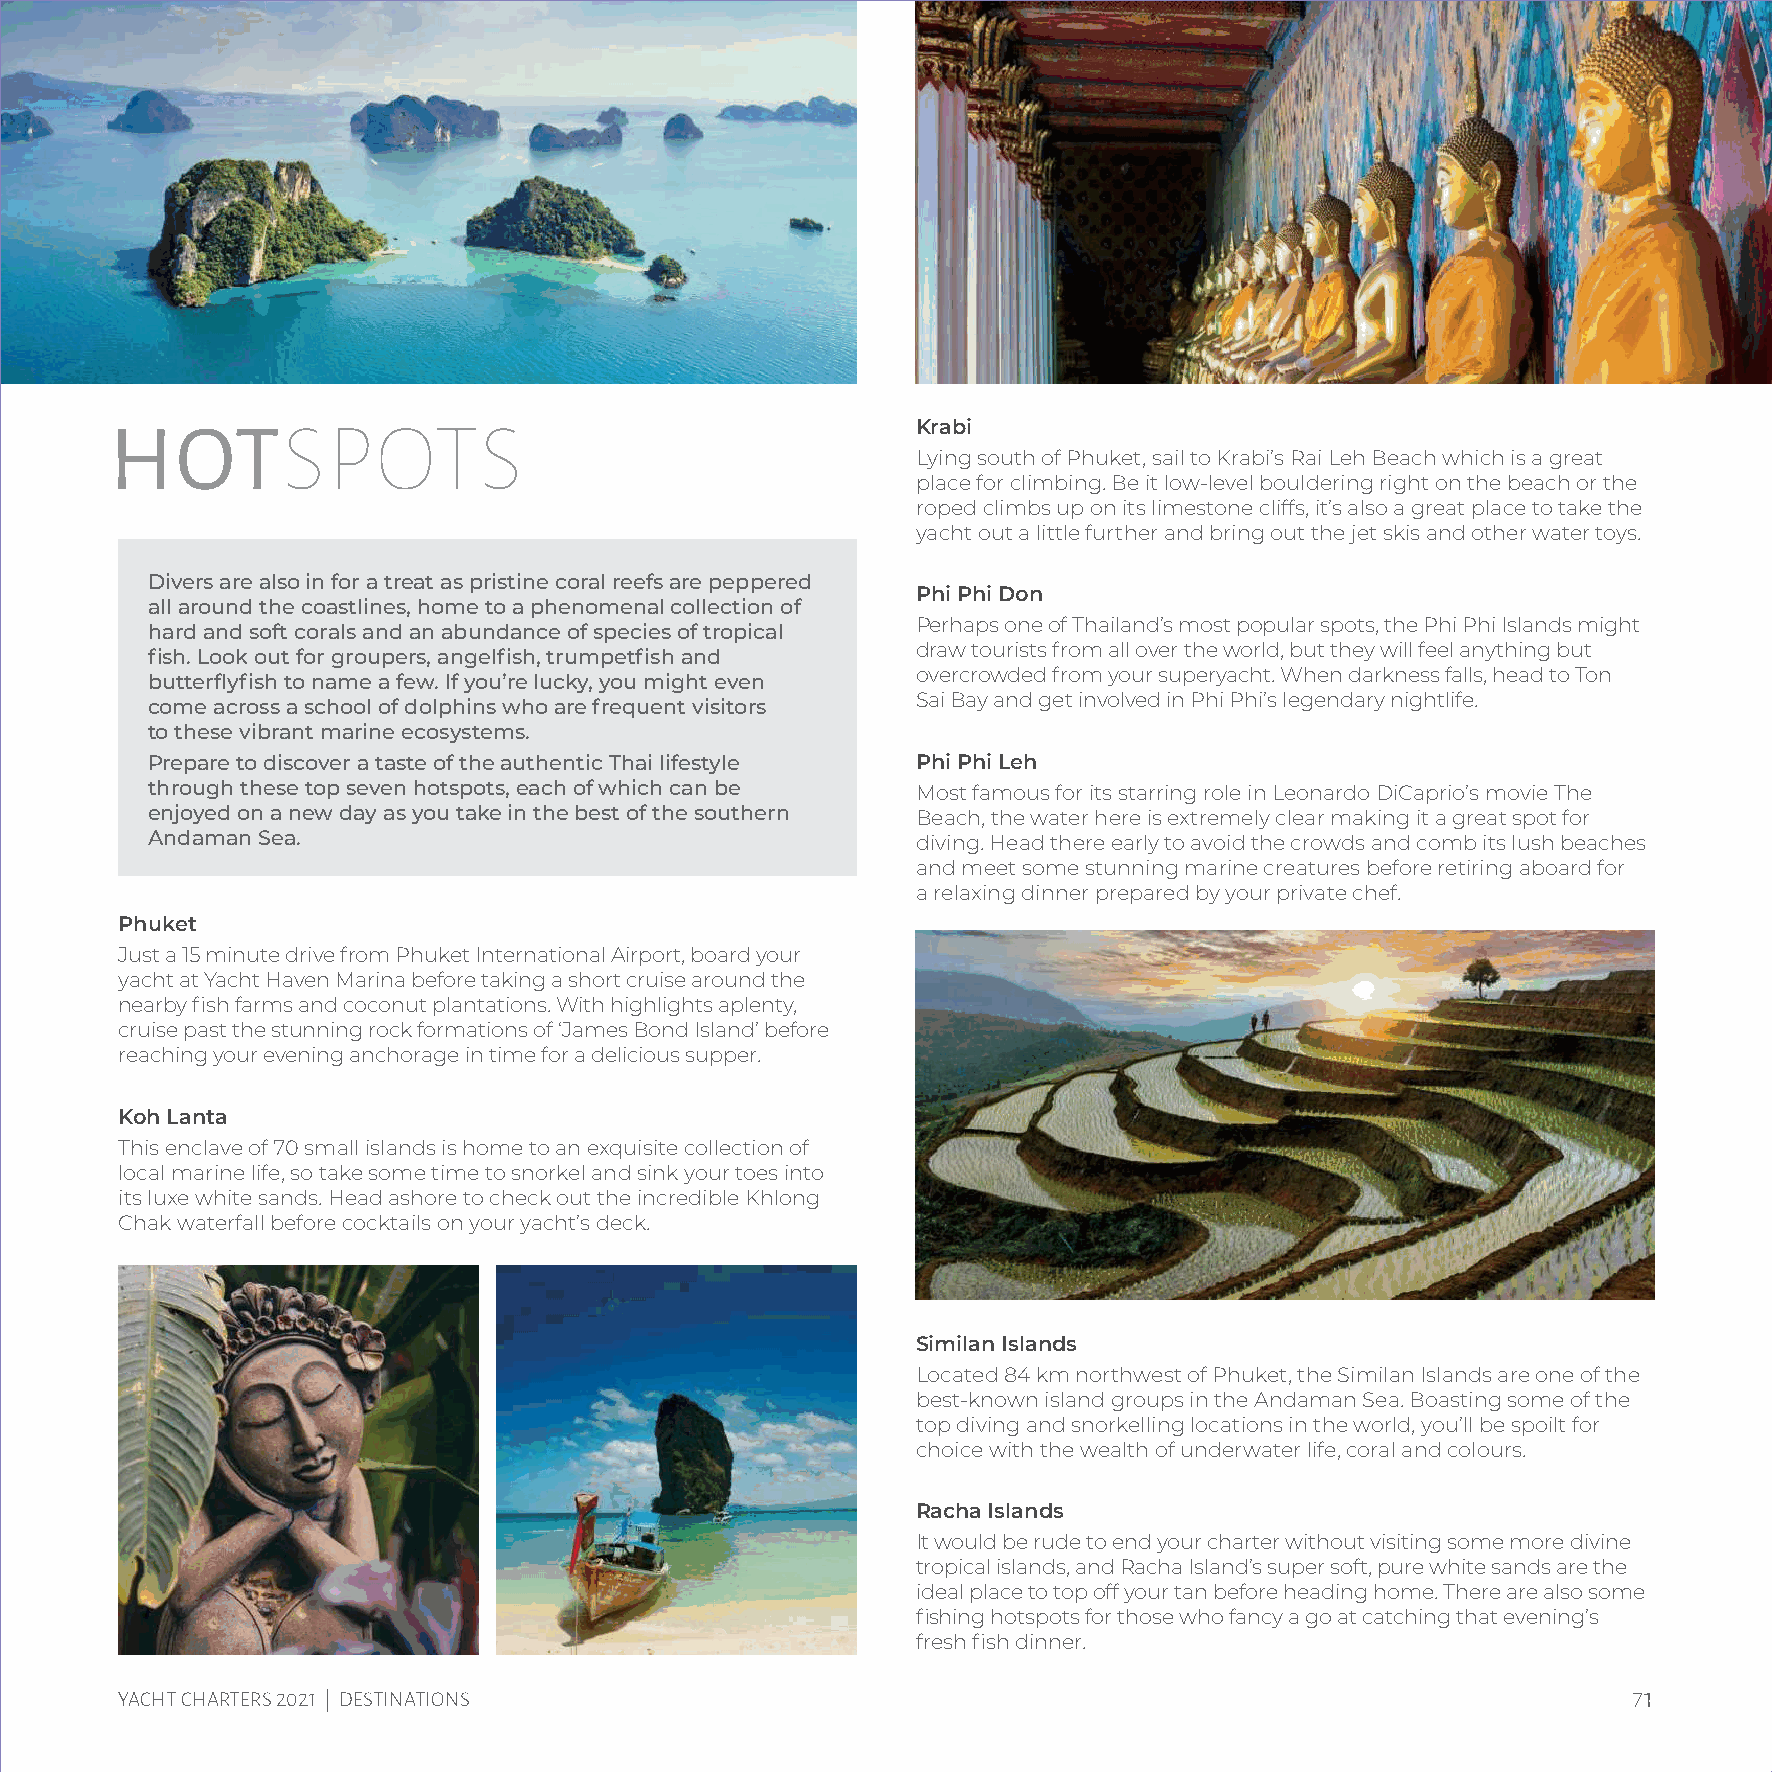
HOTSPOTS
 Krabi
 Lying south of Phuket, sail to Krabi’s Rai Leh Beach which is a great
 place for climbing. Be it low-level bouldering right on the beach or the
 roped climbs up on its limestone cliffs, it’s also a great place to take the
 yacht out a little further and bring out the jet skis and other water toys.
 Divers are also in for a treat as pristine coral reefs are peppered
 Phi Phi Don
 all around the coastlines, home to a phenomenal collection of
 Perhaps one of Thailand’s most popular spots, the Phi Phi Islands might
 hard and soft corals and an abundance of species of tropical
 draw tourists from all over the world, but they will feel anything but
 fish. Look out for groupers, angelfish, trumpetfish and
 overcrowded from your superyacht. When darkness falls, head to Ton
 butterflyfish to name a few. If you’re lucky, you might even
 Sai Bay and get involved in Phi Phi’s legendary nightlife.
 come across a school of dolphins who are frequent visitors
 to these vibrant marine ecosystems.
 Prepare to discover a taste of the authentic Thai lifestyle Phi Phi Leh
 through these top seven hotspots, each of which can be Most famous for its starring role in Leonardo DiCaprio’s movie The
 enjoyed on a new day as you take in the best of the southern Beach, the water here is extremely clear making it a great spot for
 Andaman Sea.                                       diving. Head there early to avoid the crowds and comb its lush beaches
 and meet some stunning marine creatures before retiring aboard for
 a relaxing dinner prepared by your private chef.
 Phuket
 Just a 15 minute drive from Phuket International Airport, board your
 yacht at Yacht Haven Marina before taking a short cruise around the
 nearby fish farms and coconut plantations. With highlights aplenty,
 cruise past the stunning rock formations of ‘James Bond Island’ before
 reaching your evening anchorage in time for a delicious supper.
 Koh Lanta
 This enclave of 70 small islands is home to an exquisite collection of
 local marine life, so take some time to snorkel and sink your toes into
 its luxe white sands. Head ashore to check out the incredible Khlong
 Chak waterfall before cocktails on your yacht’s deck.
 Similan Islands
 Located 84 km northwest of Phuket, the Similan Islands are one of the
 best-known island groups in the Andaman Sea. Boasting some of the
 top diving and snorkelling locations in the world, you’ll be spoilt for
 choice with the wealth of underwater life, coral and colours.
 Racha Islands
 It would be rude to end your charter without visiting some more divine
 tropical islands, and Racha Island’s super soft, pure white sands are the
 ideal place to top off your tan before heading home. There are also some
 fishing hotspots for those who fancy a go at catching that evening’s
 fresh fish dinner.
 71
 YACHT CHARTERS 2021 | DESTINATIONS